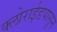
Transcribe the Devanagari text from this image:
क्लोराईडपासून